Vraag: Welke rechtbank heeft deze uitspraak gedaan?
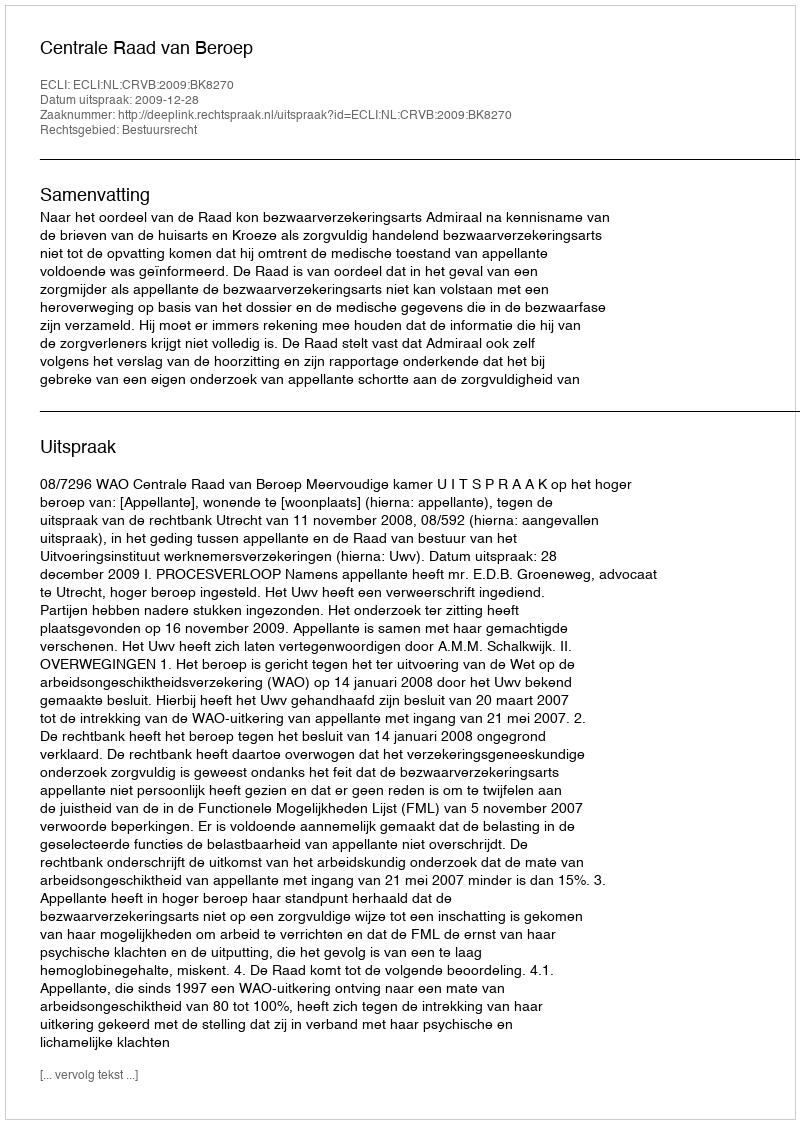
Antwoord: Centrale Raad van Beroep